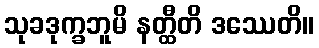
သုခဒုက္ခဘူမိ နတ္ထီတိ ဒဿေတိ။